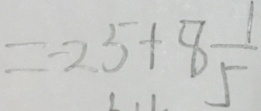
= - 2 5 + 8 \frac { 1 } { 5 }